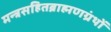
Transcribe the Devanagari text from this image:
मन्त्रसहितब्राह्मणग्रंथों